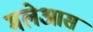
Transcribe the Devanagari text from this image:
मलेआस